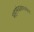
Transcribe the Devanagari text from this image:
महामंडळामार्फत